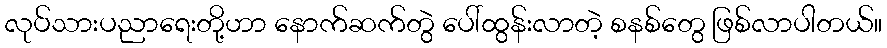
လုပ်သားပညာရေးတို့ဟာ နောက်ဆက်တွဲ ပေါ်ထွန်းလာတဲ့ စနစ်တွေ ဖြစ်လာပါတယ်။